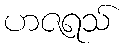
ဟဇရသ်